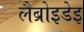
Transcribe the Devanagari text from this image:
लैब्रोइडेइ